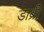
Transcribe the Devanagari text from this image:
डाब्री